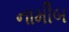
નામીબ